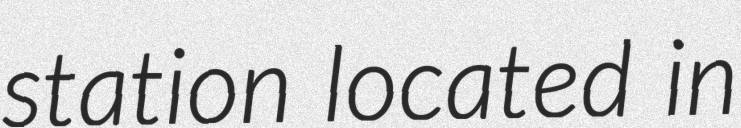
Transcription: station located in